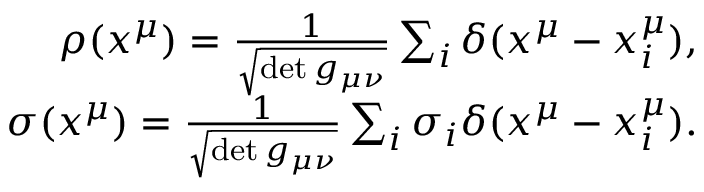
\begin{array} { r } { \rho ( x ^ { \mu } ) = \frac { 1 } { \sqrt { \operatorname* { d e t } g _ { \mu \nu } } } \sum _ { i } \delta ( x ^ { \mu } - x _ { i } ^ { \mu } ) , } \\ { \sigma ( x ^ { \mu } ) = \frac { 1 } { \sqrt { \operatorname* { d e t } g _ { \mu \nu } } } \sum _ { i } \sigma _ { i } \delta ( x ^ { \mu } - x _ { i } ^ { \mu } ) . } \end{array}